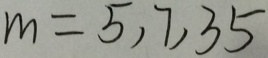
m = 5 , 7 , 3 5